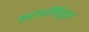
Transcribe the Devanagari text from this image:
काटछाटींविरुद्ध